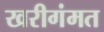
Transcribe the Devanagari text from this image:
खरीगंमत